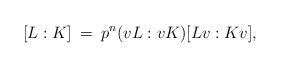
LaTeX: \begin{align*} [L:K] \> = \>p^n (vL:vK)[Lv:Kv],\end{align*}